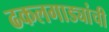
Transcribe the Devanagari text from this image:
ढकलगाड्यांची